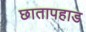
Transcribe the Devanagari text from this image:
छातापहाड